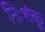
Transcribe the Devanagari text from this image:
निःशंकु